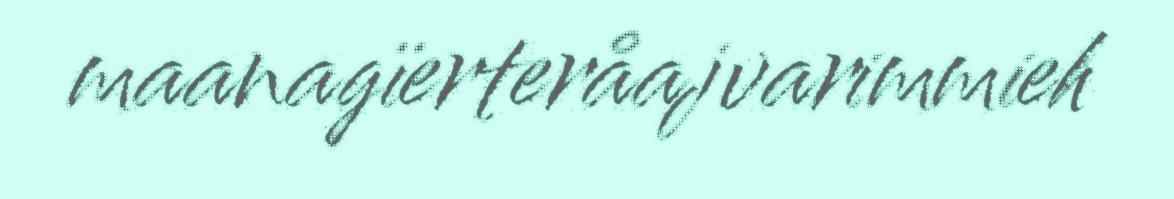
maanagïerteråajvarimmieh